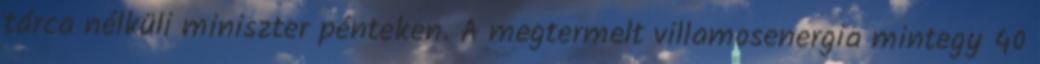
tárca nélküli miniszter pénteken. A megtermelt villamosenergia mintegy 40